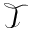
\mathcal { T }